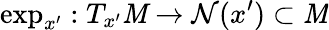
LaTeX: \exp_{x^{\prime}}:T_{x^{\prime}}\mathit{M}\rightarrow\mathcal{{N}}(x^{\prime})\subset\mathit{M}